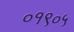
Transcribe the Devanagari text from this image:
०१९०५